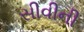
સીવીની